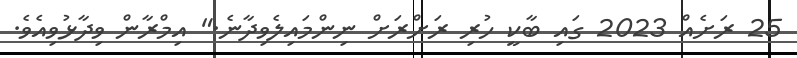
25 ރަށެއް 2023 ގައި ބާކީ ހުރި ރަށްރަށް ނިންމައިލެވިދާނެ." އިމްރާން ވިދާޅުވިއެވެ.